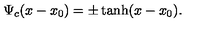
\Psi _ { c } ( x - x _ { 0 } ) = \pm \tanh ( x - x _ { 0 } ) .